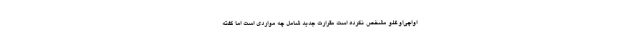
اواچی‌اوغلو مشخص نکرده است مقرارت جدید شامل چه مواردی است اما گفته